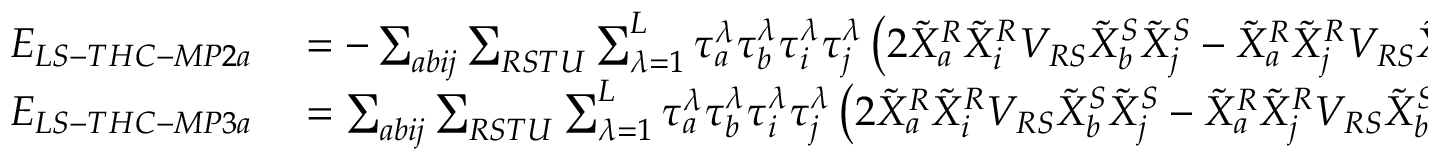
\begin{array} { r l } { E _ { L S - T H C - M P 2 a } } & { { } = - \sum _ { a b i j } \sum _ { R S T U } \sum _ { \lambda = 1 } ^ { L } \tau _ { a } ^ { \lambda } \tau _ { b } ^ { \lambda } \tau _ { i } ^ { \lambda } \tau _ { j } ^ { \lambda } \left( 2 \tilde { X } _ { a } ^ { R } \tilde { X } _ { i } ^ { R } V _ { R S } \tilde { X } _ { b } ^ { S } \tilde { X } _ { j } ^ { S } - \tilde { X } _ { a } ^ { R } \tilde { X } _ { j } ^ { R } V _ { R S } \tilde { X } _ { b } ^ { S } \tilde { X } _ { i } ^ { S } \right) } \\ { E _ { L S - T H C - M P 3 a } } & { { } = \sum _ { a b i j } \sum _ { R S T U } \sum _ { \lambda = 1 } ^ { L } \tau _ { a } ^ { \lambda } \tau _ { b } ^ { \lambda } \tau _ { i } ^ { \lambda } \tau _ { j } ^ { \lambda } \left( 2 \tilde { X } _ { a } ^ { R } \tilde { X } _ { i } ^ { R } V _ { R S } \tilde { X } _ { b } ^ { S } \tilde { X } _ { j } ^ { S } - \tilde { X } _ { a } ^ { R } \tilde { X } _ { j } ^ { R } V _ { R S } \tilde { X } _ { b } ^ { S } \tilde { X } _ { i } ^ { S } \right) } \end{array}